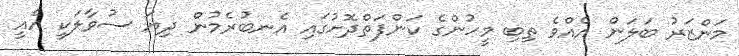
މަންޒަރު ބަލަން އެއްވެ ތިބި މީހުންގެ ކަންފަތްދޮށުގައި އެނބުރެމުން ދިޔަ ސުވާލަކީ އެއީ